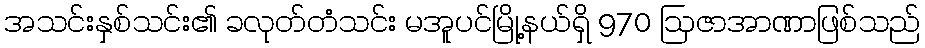
အသင်းနှစ်သင်း၏ ခလုတ်တံသင်း မအူပင်မြို့နယ်ရှိ 970 ဩဇာအာဏာဖြစ်သည်